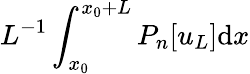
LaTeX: L^{-1}\int_{x_{0}}^{x_{0}+L}P_{n}[u_{L}]\mathrm{d}x